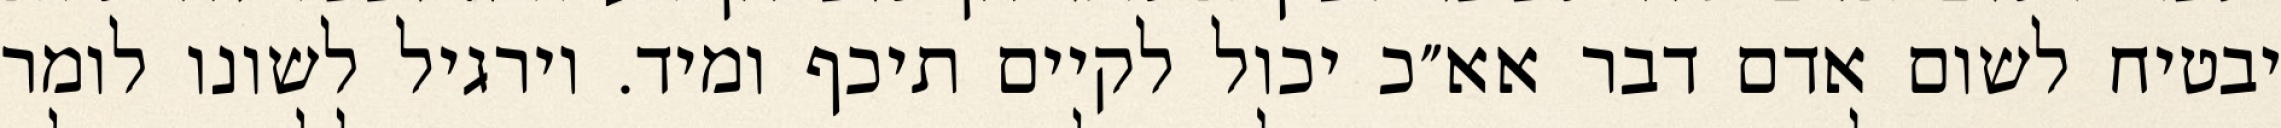
יבטיח לשום אדם דבר אא״כ יכול לקיים תיכף ומיד. וירגיל לשונו לומר